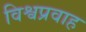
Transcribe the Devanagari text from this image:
विश्वप्रवाह